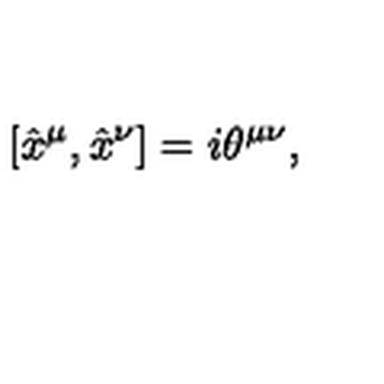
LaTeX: \left[ \hat { x } ^ { \mu } , \hat { x } ^ { \nu } \right] = i \theta ^ { \mu \nu } ,